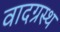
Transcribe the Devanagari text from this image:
वादग्रस्थ